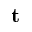
{ \bf t }